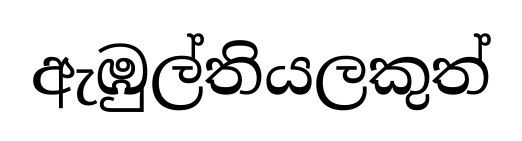
ඇඹුල්තියලකුත්